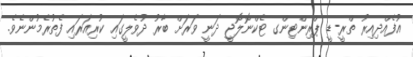
އުފެއްދިއިރު ތްރީ-ޑީ ޕްރިންޓިންގ ޓެކްނޮލޮޖީ ދަނީ ވަރަށް ބާރު ދުވެލީގައި ކުރިއަރައި ފެތުރެމުންނެވެ.